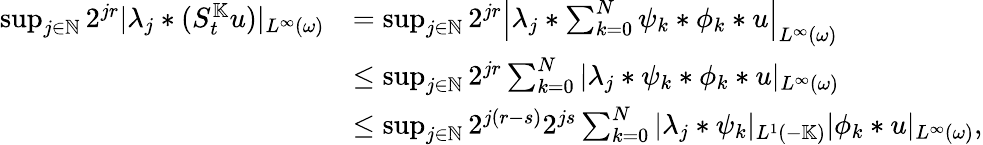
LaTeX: \begin{array}{rl}{\operatorname*{sup}_{j\in\mathbb{N}}2^{jr}|\lambda_{j}\ast(S_{t}^{\mathbb{K}}u)|_{L^{\infty}(\omega)}}&{=\operatorname*{sup}_{j\in\mathbb{N}}2^{jr}\left|\lambda_{j}\ast\sum_{k=0}^{N}\psi_{k}\ast\phi_{k}\ast u\right|_{L^{\infty}(\omega)}}\\ &{\leq\operatorname*{sup}_{j\in\mathbb{N}}2^{jr}\sum_{k=0}^{N}|\lambda_{j}\ast\psi_{k}\ast\phi_{k}\ast u|_{L^{\infty}(\omega)}}\\ &{\leq\operatorname*{sup}_{j\in\mathbb{N}}2^{j(r-s)}2^{js}\sum_{k=0}^{N}|\lambda_{j}\ast\psi_{k}|_{L^{1}(-\mathbb{K})}|\phi_{k}\ast u|_{L^{\infty}(\omega)},}\end{array}